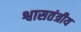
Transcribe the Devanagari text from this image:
श्वासतंत्रीय